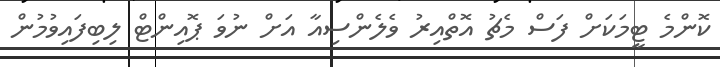
ކޮންމެ ޓީމަކަށް ފަސް މެޗު އޮތްއިރު ވެލެންސިއާ އަށް ނުވަ ޕޮއިންޓް ލިބިފައިވުމުން